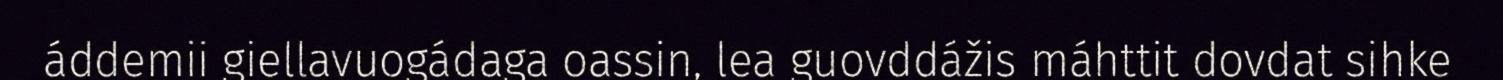
áddemii giellavuogádaga oassin, lea guovddážis máhttit dovdat sihke